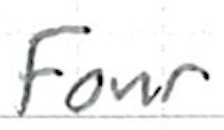
Text: Four
Cross-out: clean
Writing tool: ballpoint